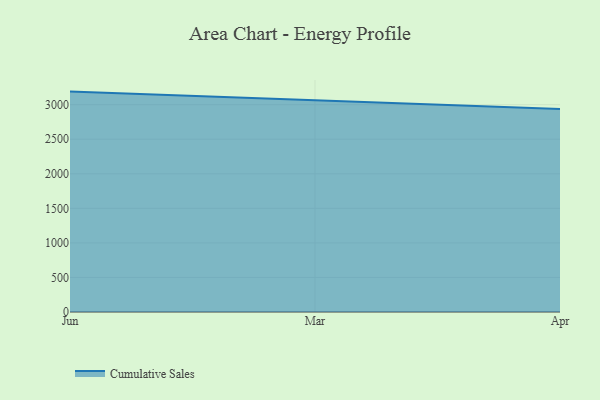
{"axis": {"x": "Month", "y": "Inventory Turnover"}, "legend": ["Cumulative Sales"], "data": [{"x": "Jun", "y": 3189.2, "type": "Cumulative Sales"}, {"x": "Mar", "y": 3061.9, "type": "Cumulative Sales"}, {"x": "Apr", "y": 2937.4, "type": "Cumulative Sales"}]}